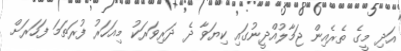
އަދި މީގެ ތެރެއިން ޖަމާލުއްދީނުގައި ކިޔަވާ ދެ ދަރިވަރަކު މިއަހަރު ފުރަތަމަ ފަހަރަށް